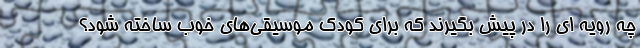
چه رویه ای را در پیش بگیرند که برای کودک موسیقی‌های خوب ساخته شود؟